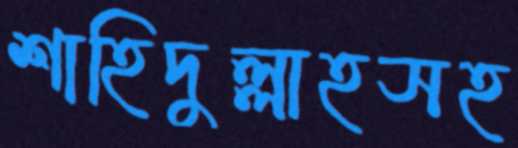
শাহিদুল্লাহসহ